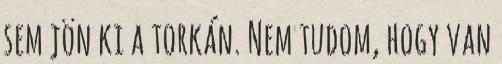
sem jön ki a torkán. Nem tudom, hogy van